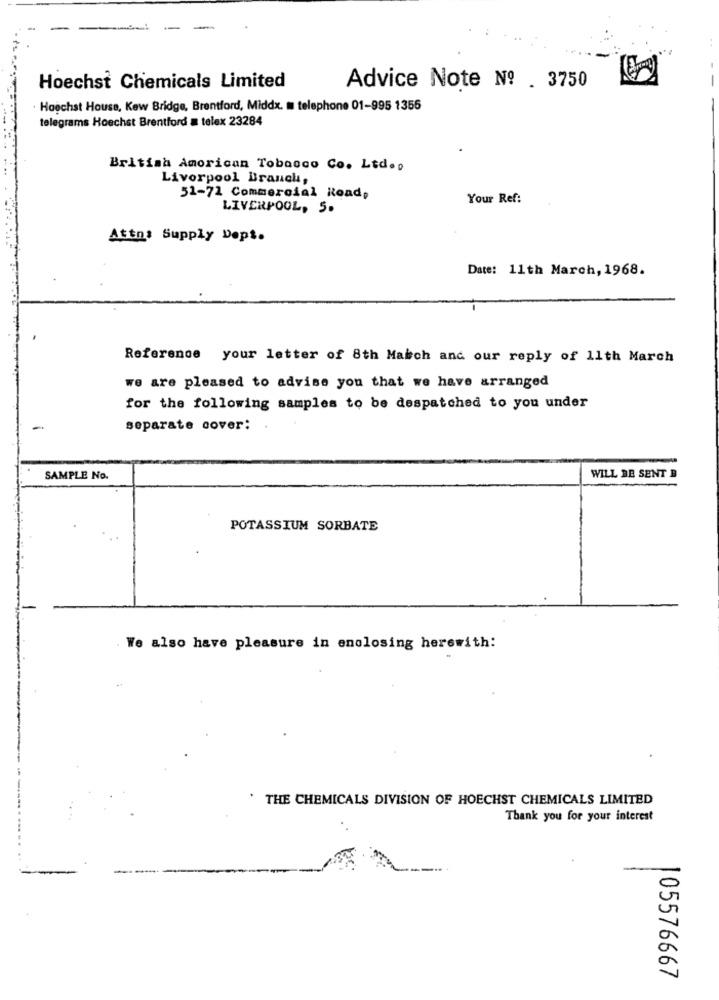
Hoechst Chemicals Limited
Advice Note Nº . 3750
Hoechst House, Kew Bridge, Brentford, Middx. m telephone 01-995 1355
telegrams Hoechst Brentford a telex 23284
British Amorican Tobacco Co. Ltd.p
Liverpool Branch,
51-71 Commercial Road,
Your Ref:
LIVERPOOL, 5.
Attn: Supply Dept.
Date: 11th March, 1968.
Reference your letter of 8th March and our reply of 11th March
we are pleased to advise you that we have arranged
for the following samples to be despatched to you under
separate cover:
SAMPLE No.
WILL BE SENT B
POTASSIUM SORBATE
. We also have pleasure in enolosing herewith:
THE CHEMICALS DIVISION OF HOECHST CHEMICALS LIMITED
Thank you for your interest
105576667